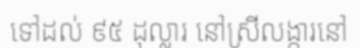
ទៅដល់ ៩៥ ដុល្លារ នៅស្រីលង្ការនៅ